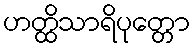
ဟတ္ထိသာရိပုတ္တော